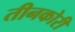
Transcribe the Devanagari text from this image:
तीनकोरी